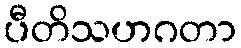
ပီတိသဟဂတာ